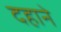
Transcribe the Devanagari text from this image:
दहाने